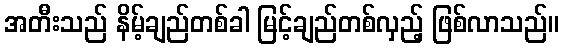
အတီးသည် နိမ့်ချည်တစ်ခါ မြင့်ချည်တစ်လှည့် ဖြစ်လာသည်။